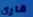
قاري